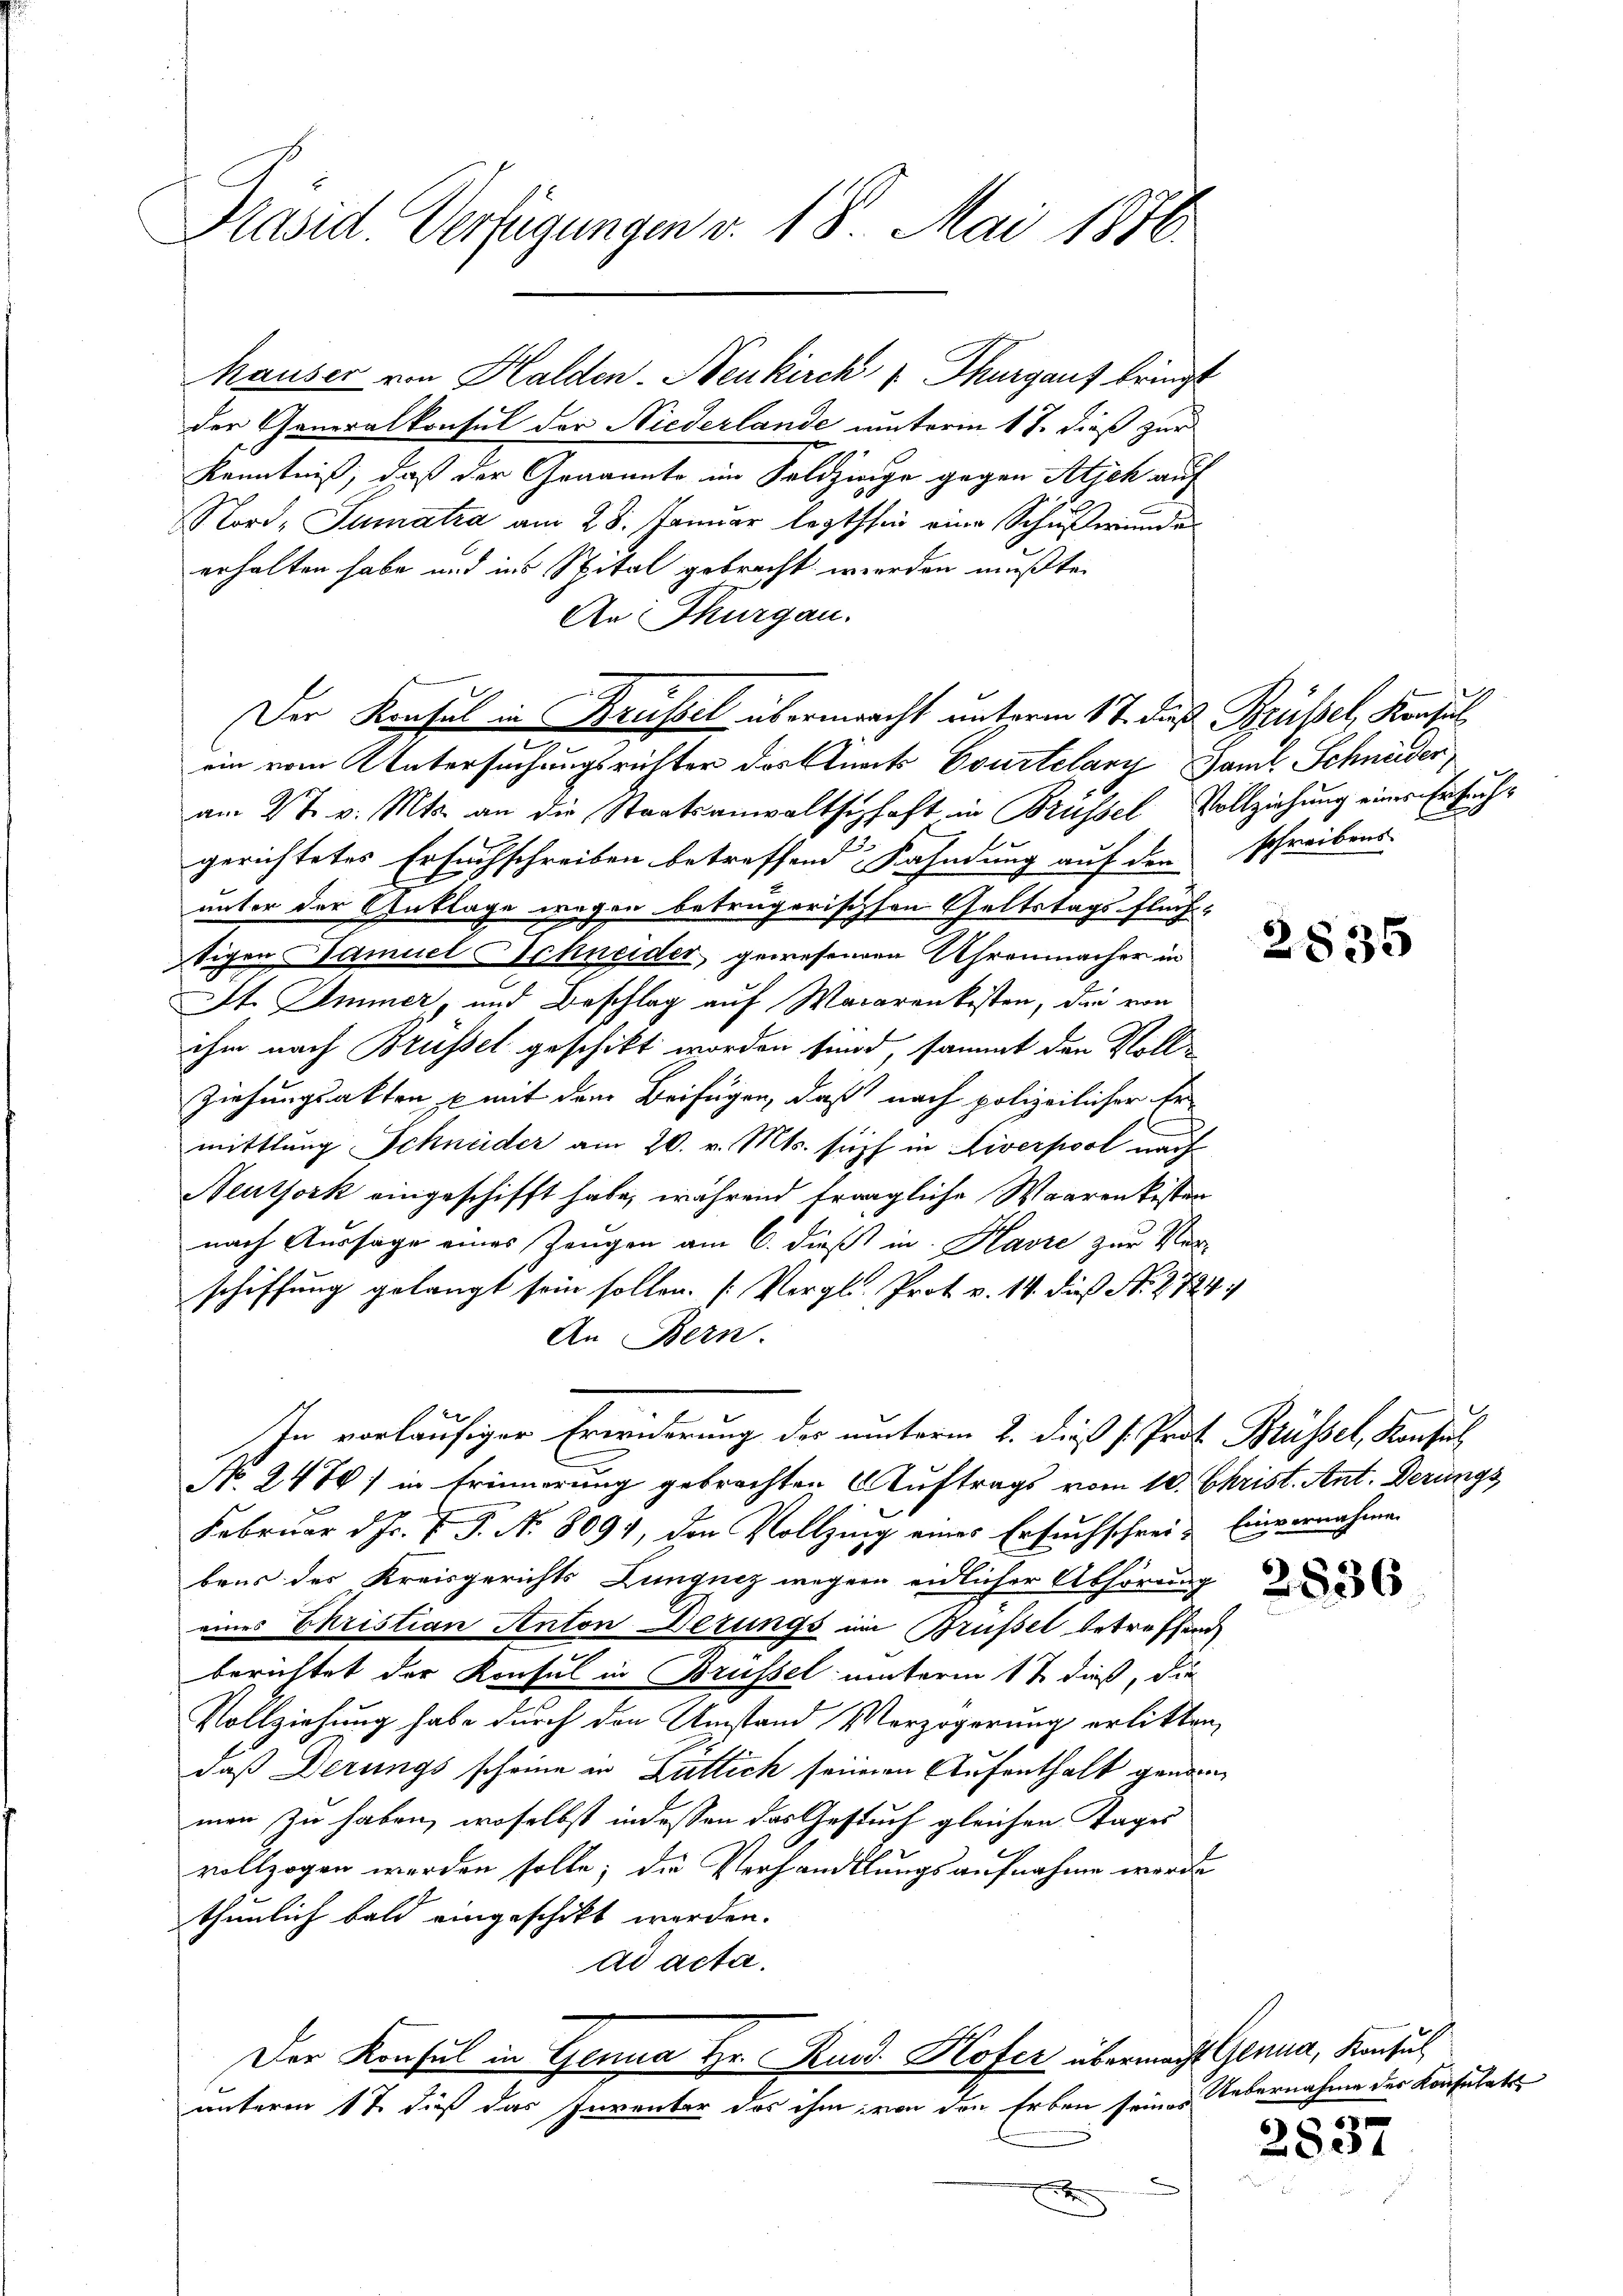
Präsid. Verfügungen v. 18. Mai 1810.

Mauser von Halden- Neukirch Thurgauf bringt
der Generalkonsul der Niederlande unterm 17. dieß zur
Kenntniß, daß der Genannte im Feldzinge gegen Alich auf
Nord- Sumatra am 28. Januar lezthin eine Schußwunder
erhalten habe und ins Spital gebracht werden mußte.
An Thurgau.
Der Krusel in Krüssel übermacht unterm 17. Fuß Brüssel, Konsul
ein vom Untersuchungsrichter des Stincts Courtelary Samt Schneider
am 3 t v. Mts. an die Staatsanwaltschaft in Brüssel Vollziehung einer Ersuchgerichtetes Ersuchschreiben betreffend Kahndung auf den schreibens
unter der Anklage wegen betrügerischsen Geltstags-Flüchtigen Samuel Schneider gewesenden Uhrenmacher in
St. Immer, und Beschlag auf Macarankisten, die von
ihm nach Brüssel geschikt worden sind, sammt den Voll-
Ziehungsakten, u mit dem Beifügen, daß nach polizeilicher Er
mittlung Schneider am 20. v. Mts. such in Liverpool nach
Neuthork eingeschifft habe, während trägliche Waarenkisten
nach Aussage eines Zeugen am 6. dieß in Havre zur Verschiffung gelangt sein sollen. (Vergl. Prot. v. 14. dieß N. 2724/
An Bern.
2
In vorläufiger Erwiderung der unterm 2. dieß s. Prof. Brüssel, Konsul
No. 248) in Erinnerung gebrachten Auftrags vom 10. Christ. Ant. Derungs
Februar d.J. P. P. N. 8091, den Vollzung eines Ersuchschrei- Einvernahmen
baus der Kreisgerichts Lunquez wegen eidlicher Abhörung
eines Ehristian Anton Dezungs im Brüssel betreffend
berichtet der Konsul in Brüssel unterm 1t dieß, die
Vollziehung habe durch den Umstand Verzögerung erlitten,
daß Derungs scheine in Zuttich seiner Aufenthalt genomman zu haben, woselbst indessen das Gestuch gleichen Tages
vollzogen werden solle; die Verhandlungsaufnahme werde
thunlich bald eingeschikt worden.
ad acta.
Der Konsul in Genua Hr. Rud. Hofer übermacht Genua, Konsul
unterm 1t daß das Inventer das ihm, von den Erben seines
x

2835

2837

Uebernahme des Konsulats